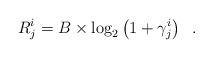
LaTeX: \begin{align*}R_j^i = B \times \log_2 \left( { 1+ \gamma^i_j} \right) \;\; .\end{align*}